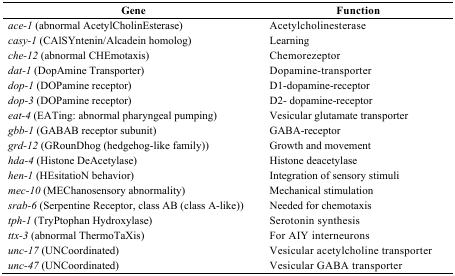
<table><thead><tr><td><b>Gene</b></td><td><b>Function</b></td></tr></thead><tbody><tr><td><i>ace-1</i> (abnormal AcetylCholinEsterase)</td><td>Acetylcholinesterase</td></tr><tr><td><i>casy-1</i> (CAlSYntenin/Alcadein homolog)</td><td>Learning</td></tr><tr><td><i>che-12</i> (abnormal CHEmotaxis)</td><td>Chemorezeptor</td></tr><tr><td><i>dat-1</i> (DopAmine Transporter)</td><td>Dopamine-transporter</td></tr><tr><td><i>dop-1</i> (DOPamine receptor)</td><td>D1-dopamine-receptor</td></tr><tr><td><i>dop-3</i> (DOPamine receptor)</td><td>D2- dopamine-receptor</td></tr><tr><td><i>eat-4</i> (EATing: abnormal pharyngeal pumping)</td><td>Vesicular glutamate transporter</td></tr><tr><td><i>gbb-1</i> (GABAB receptor subunit)</td><td>GABA-receptor</td></tr><tr><td><i>grd-12</i> (GRounDhog (hedgehog-like family))</td><td>Growth and movement</td></tr><tr><td><i>hda-4</i> (Histone DeAcetylase)</td><td>Histone deacetylase</td></tr><tr><td><i>hen-1</i> (HEsitatioN behavior)</td><td>Integration of sensory stimuli</td></tr><tr><td><i>mec-10</i> (MEChanosensory abnormality)</td><td>Mechanical stimulation</td></tr><tr><td><i>srab-6</i> (Serpentine Receptor, class AB (class A-like))</td><td>Needed for chemotaxis</td></tr><tr><td><i>tph-1</i> (TryPtophan Hydroxylase)</td><td>Serotonin synthesis</td></tr><tr><td><i>ttx-3</i> (abnormal ThermoTaXis)</td><td>For AIY interneurons</td></tr><tr><td><i>unc-17</i> (UNCoordinated)</td><td>Vesicular acetylcholine transporter</td></tr><tr><td><i>unc-47</i> (UNCoordinated)</td><td>Vesicular GABA transporter</td></tr></tbody></table>